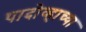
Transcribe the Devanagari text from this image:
पादोव्हाच्या